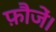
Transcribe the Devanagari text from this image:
फ़ौजें।